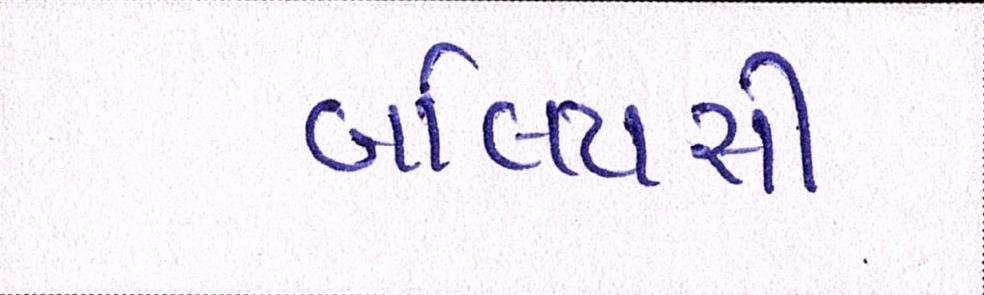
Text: બલિયસી